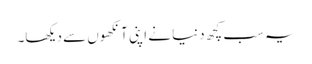
یہ سب کچھ دنیا نے اپنی آنکھوں سے دیکھا۔